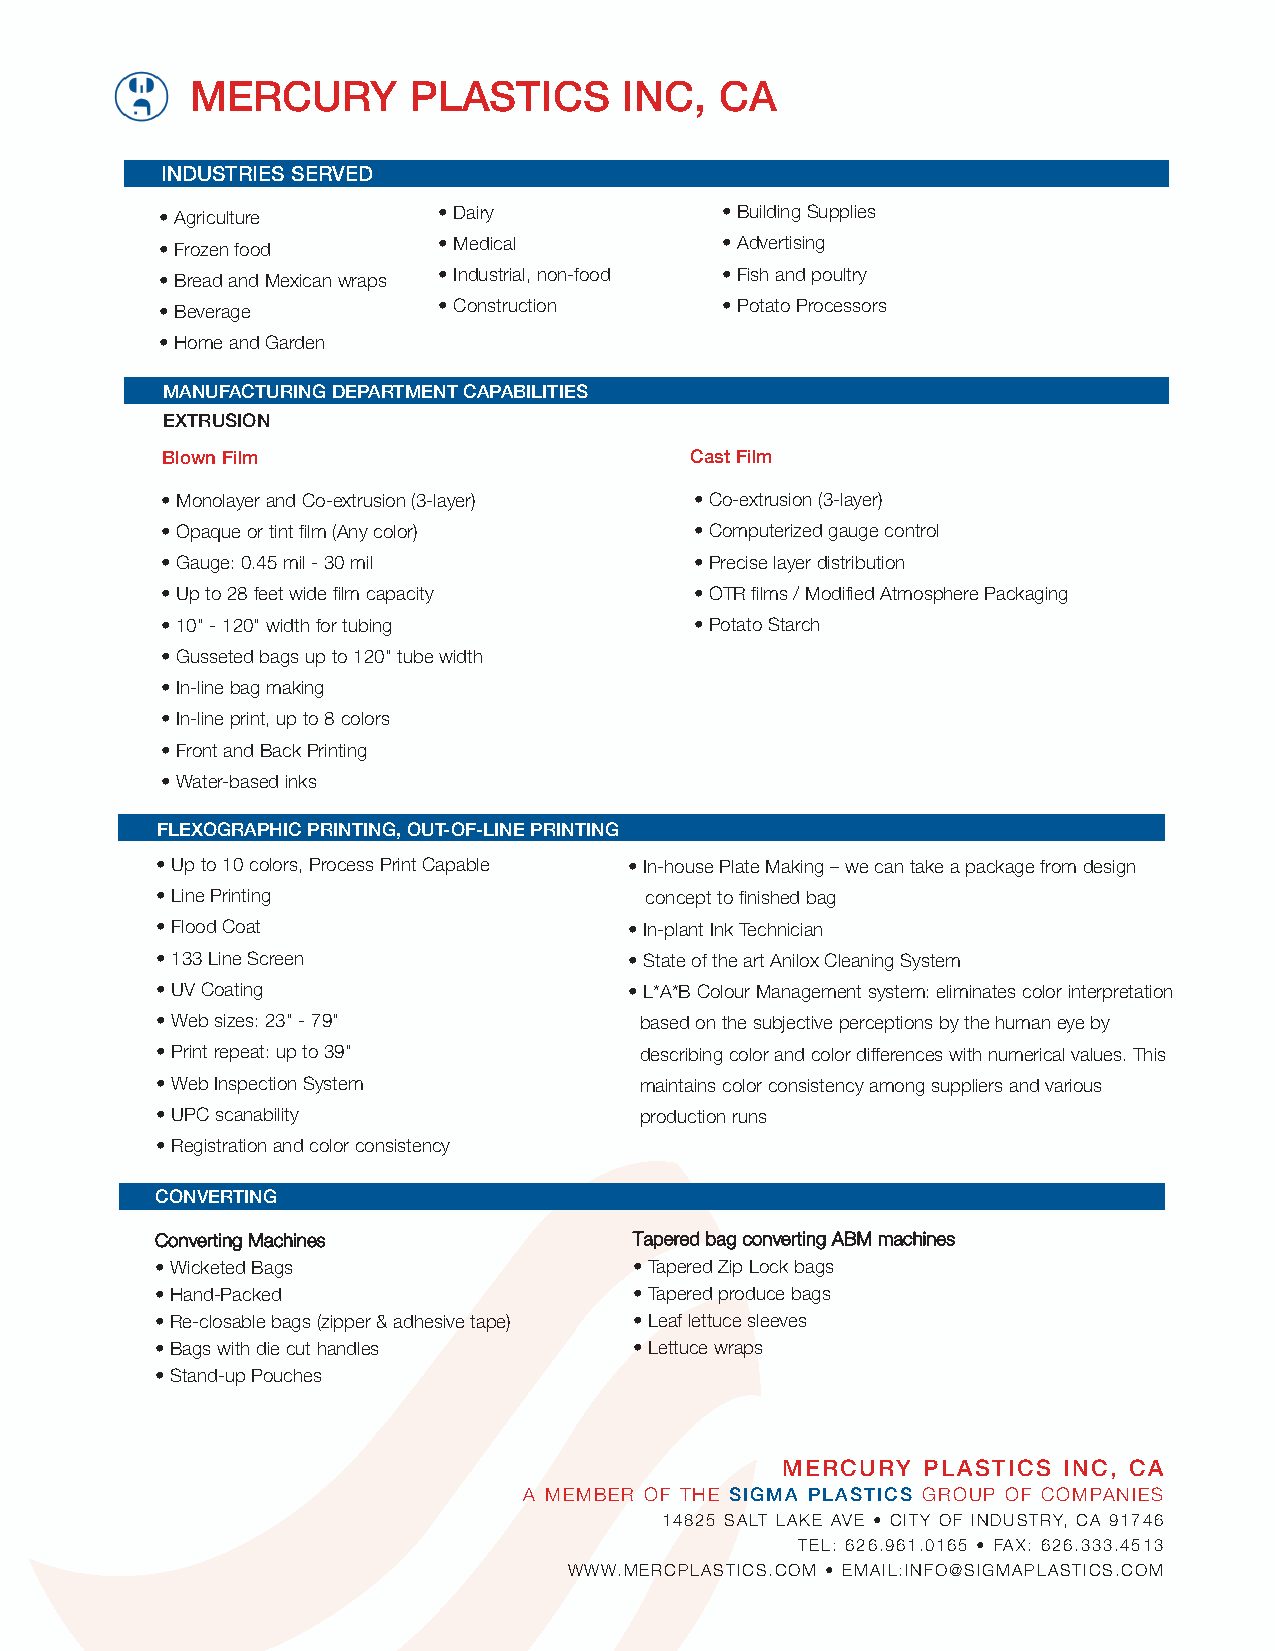
MERCURY       PLASTICS      INC,   CA
 INDUSTRIES SERVED
 • Agriculture     • Dairy            • Building Supplies
 • Frozen food     • Medical          • Advertising
 • Bread and Mexican wraps • Industrial, non-food • Fish and poultry
 • Beverage        • Construction     • Potato Processors
 • Home and Garden
 MANUFACTURING DEPARTMENT CAPABILITIES
 EXTRUSION
 Blown Film                         Cast Film
 • Monolayer and Co-extrusion (3-layer) • Co-extrusion (3-layer)
 • Opaque or tint film (Any color)  • Computerized gauge control
 • Gauge: 0.45 mil - 30 mil         • Precise layer distribution
 • Up to 28 feet wide film capacity • OTR films / Modified Atmosphere Packaging
 • 10" - 120" width for tubing      • Potato Starch
 • Gusseted bags up to 120" tube width
 • In-line bag making
 • In-line print, up to 8 colors
 • Front and Back Printing
 • Water-based inks
 FLEXOGRAPHIC PRINTING, OUT-OF-LINE PRINTING
 • Up to 10 colors, Process Print Capable • In-house Plate Making – we can take a package from design
 • Line Printing                  concept to finished bag
 • Flood Coat                    • In-plant Ink Technician
 • 133 Line Screen               • State of the art Anilox Cleaning System
 • UV Coating                    • L*A*B Colour Management system: eliminates color interpretation
 • Web sizes: 23" - 79"          based on the subjective perceptions by the human eye by
 • Print repeat: up to 39"       describing color and color differences with numerical values. This
 • Web Inspection System         maintains color consistency among suppliers and various
 • UPC scanability               production runs
 • Registration and color consistency
 CONVERTING
 Converting Machines             Tapered bag converting ABM machines
 • Wicketed Bags                 • Tapered Zip Lock bags
 • Hand-Packed                   • Tapered produce bags
 • Re-closable bags (zipper & adhesive tape) • Leaf lettuce sleeves
 • Bags with die cut handles     • Lettuce wraps
 • Stand-up Pouches
 MERCURY  PLASTICS INC, CA
 A MEMBER OF THE SIGMA PLASTICS GROUP OF COMPANIES
 14825 SALT LAKE AVE • CITY OF INDUSTRY, CA 91746
 TEL: 626.961.0165 • FAX: 626.333.4513
 WWW.MERCPLASTICS.COM • EMAIL:INFO@SIGMAPLASTICS.COM